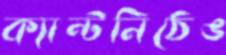
ক্যান্টনিঠেঙ